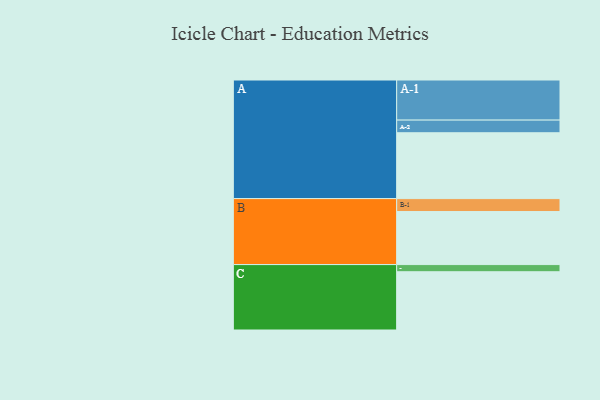
{"axis": {"x": "Segment", "y": "Value"}, "legend": ["", "A", "B", "C"], "data": [{"x": "A", "y": 468, "type": ""}, {"x": "B", "y": 377, "type": ""}, {"x": "C", "y": 414, "type": ""}, {"x": "A-1", "y": 285, "type": "A"}, {"x": "A-2", "y": 90, "type": "A"}, {"x": "B-1", "y": 92, "type": "B"}, {"x": "C-1", "y": 51, "type": "C"}]}